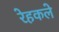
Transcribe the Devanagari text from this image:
रेहकले